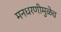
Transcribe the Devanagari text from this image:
मनधरणीमुळेच